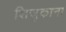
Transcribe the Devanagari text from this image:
शिजुकाना